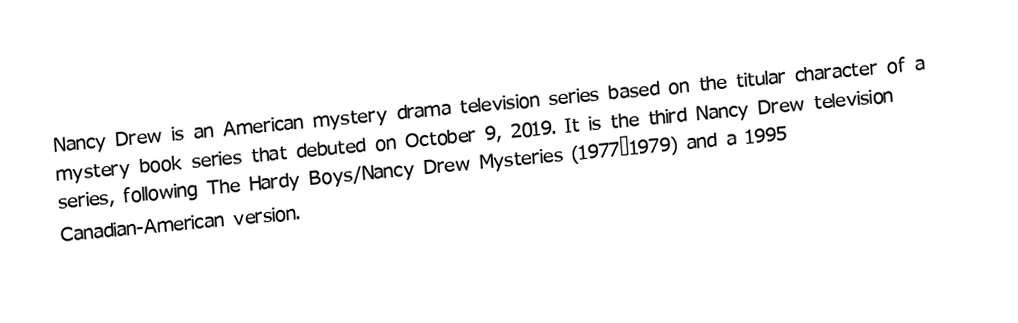
Nancy Drew is an American mystery drama television series based on the titular character of a mystery book series that debuted on October 9, 2019. It is the third Nancy Drew television series, following The Hardy Boys/Nancy Drew Mysteries (1977–1979) and a 1995 Canadian-American version.